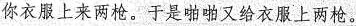
你衣服上来两枪。于是啪啪又给衣服上两枪。